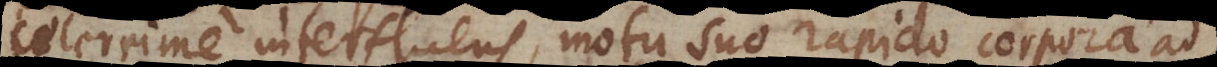
celerrime interfluens, motu suo rapido corpora ad